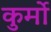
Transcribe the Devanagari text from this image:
कुर्मो